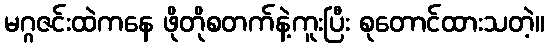
မဂ္ဂဇင်းထဲကနေ ဖိုတိုစတက်နဲ့ကူးပြီး စုတောင်ထားသတဲ့။